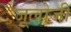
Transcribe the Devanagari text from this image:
जूलोजी